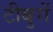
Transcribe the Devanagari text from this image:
टीबुरों